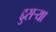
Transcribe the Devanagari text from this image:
द्दुसर्‍या